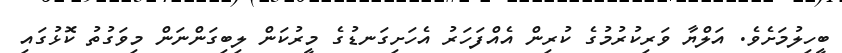
ބީހިލުމަށެވެ. އަލްޔާ ވަރިކުރުމުގެ ކުރިން އެއްފަހަރު އެހަށިގަނޑުގެ މީރުކަން ލިބިގަންނަން މިވަގުތު ކޮޅުގައި